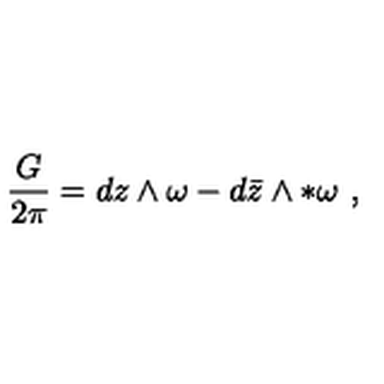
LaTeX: { \frac { G } { 2 \pi } } = d z \wedge \omega - d { \bar { z } } \wedge * \omega \ ,